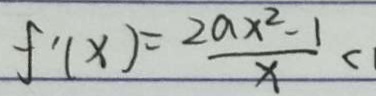
f ^ { \prime } ( x ) = \frac { 2 a x ^ { 2 } - 1 } { x } <